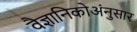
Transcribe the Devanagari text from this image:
वैज्ञानिकोअंनुसार